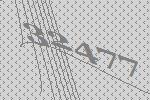
32477